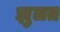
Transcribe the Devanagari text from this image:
झुलत